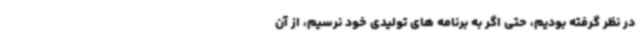
در نظر گرفته بودیم، حتی اگر به برنامه های تولیدی خود نرسیم، از آن